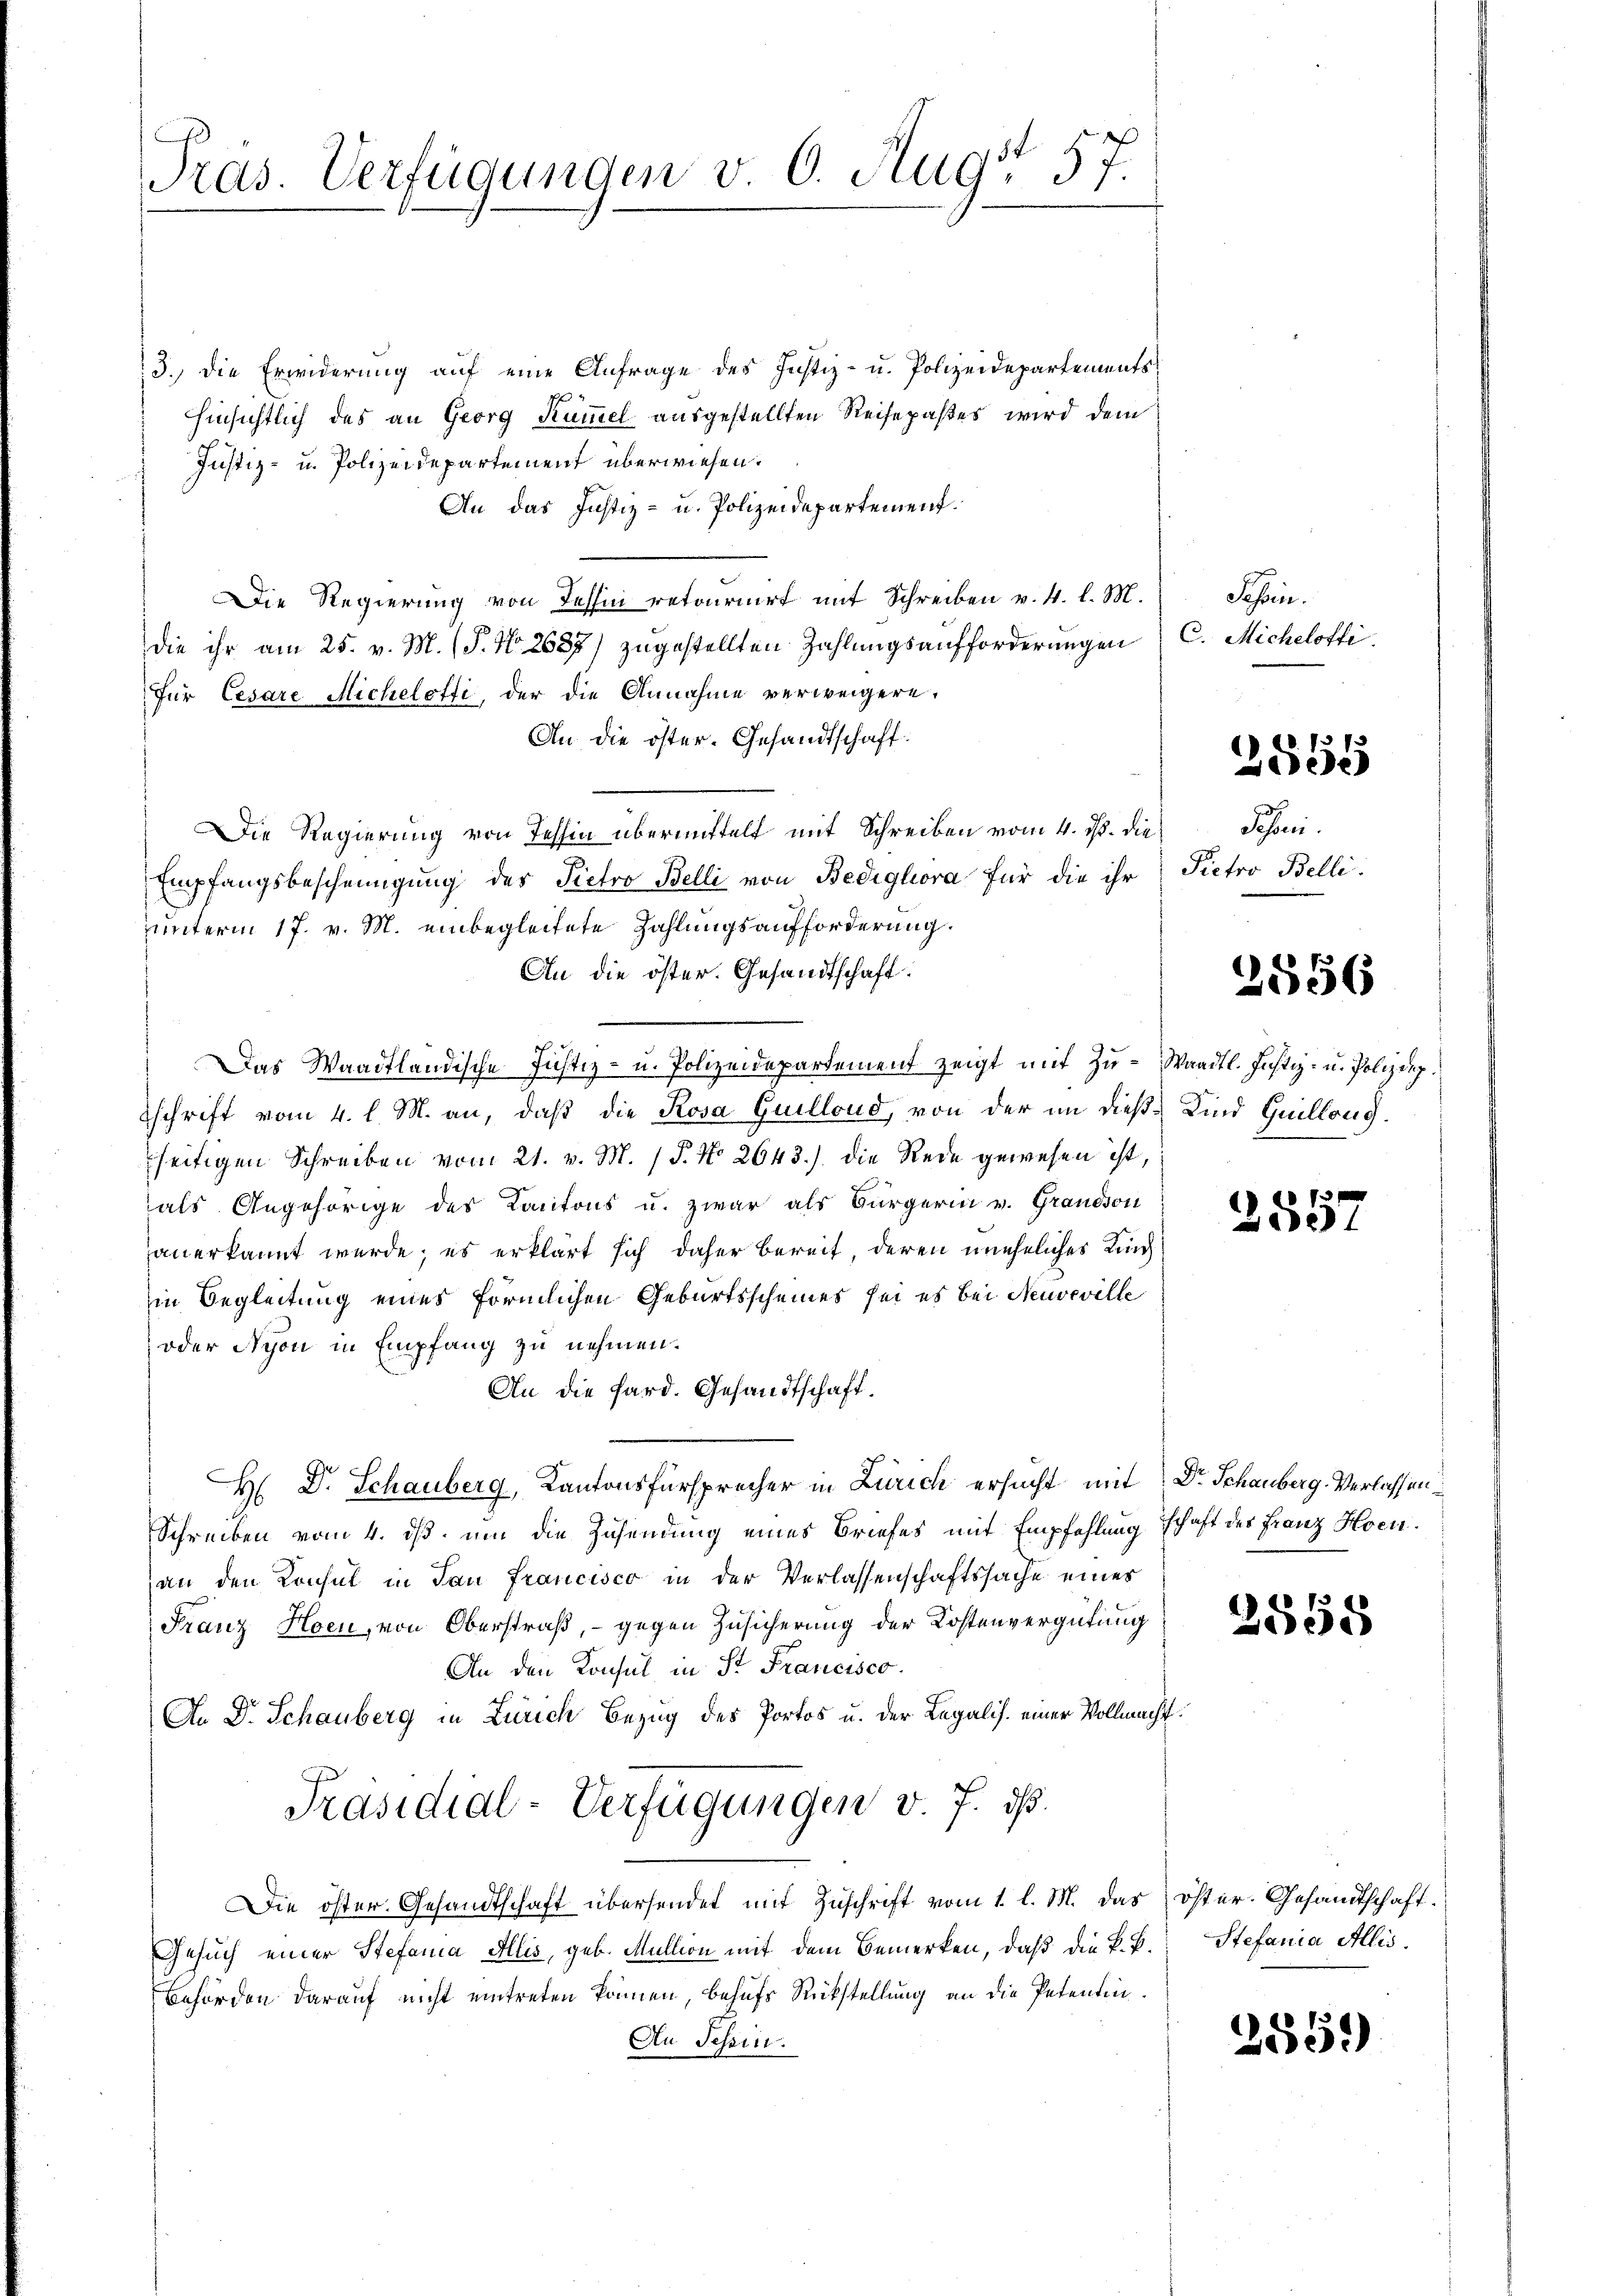
Pras. Verfügungen v. 6. Augs 57.

3.) Die Erwiderung auf eine Anfrage des Justiz- u. Polizeidepartements
hinsichtlich des an Georg Kümmel ausgestellten Reisepaßtes wird dem
Justiz- u. Polizeidepartement überwiesen.
An das Justiz- u. Polizeidepartement.
Die Regierung von Tessin retournirt mit Schreiben v. 4. l. M.
die ihr am 25. v. M. (P. Nr. 2687) zugestellten Zahlungsaufforderungen C. Michelotti
Für Cesare Micheletti, der die Annahme verweigere.
An die öster. Gesandtschaft
Die Regierung von Tessin übermittelt mit Schreiben vom 4. ds. die
Empfangsbescheinigung des Pietro Belli von Bedigliora für die ihr
unterm 17. v. M. einbegleitete Zahlungsaufforderung.
An die öster. Gesandtschaft:
f
Das Waadtländische Justiz- u. Polizeidepartement zeigt mit Zŭ- Waadt. Justiz- u. Polizeip
schrift vom 4. l. M. an, daß die Rosa Guillond, von der in diese Kind Guillong.
seitigen Schreiben vom 21. v. M. / P. No 2643.) die Rede gewesen ist,
als Angehörige des Kantons u. zwar als Bürgerin v. Grandson
anerkannt werde; es erklärt sich daher bereit, deren uneheliches Kin
in Begleitung eines förmlichen Geburtsscheines sei es bei Neuveville
oder Nyon in Empfang zu nehmen.
An die fard. Gesandtschaft.
H Dr. Schauberg, Kantonsfürsprecher in Zürich ersucht mit Dr Schauberg-Verlassen
Schreiben vom 4. ds um die Zusendung eines Briefes mit Empfehlung schaft des Franz Hoenan den Konsul in San Francisco in der Verlassenschaftssache eines
Franz Hoen, von Oberstraß, - gegen Zusicherung der Kostenvergütung
An den Konsul in St. Francisco
An Dr. Schauberg in Zürich Bezug des Portos u. der Legalis einer Vollmacht
Präsidial-Verfügungen v. 7. ds.
Die öster Gesandtschaft übersendet mit Zuschrift vom 1. l. M. das öster. Gesandtschaft.
Gesuch einer Stefania Allis, geb. Mullion mit dem Bemerken, daß die K. B.
Behörden darauf nicht eintreten können behufs Rückstellung an die Petentin¬
An Tessin.

Schen.

2555

Schani
Pictro Belli.

2556

2557

2555

Stefania Allis.

2559)